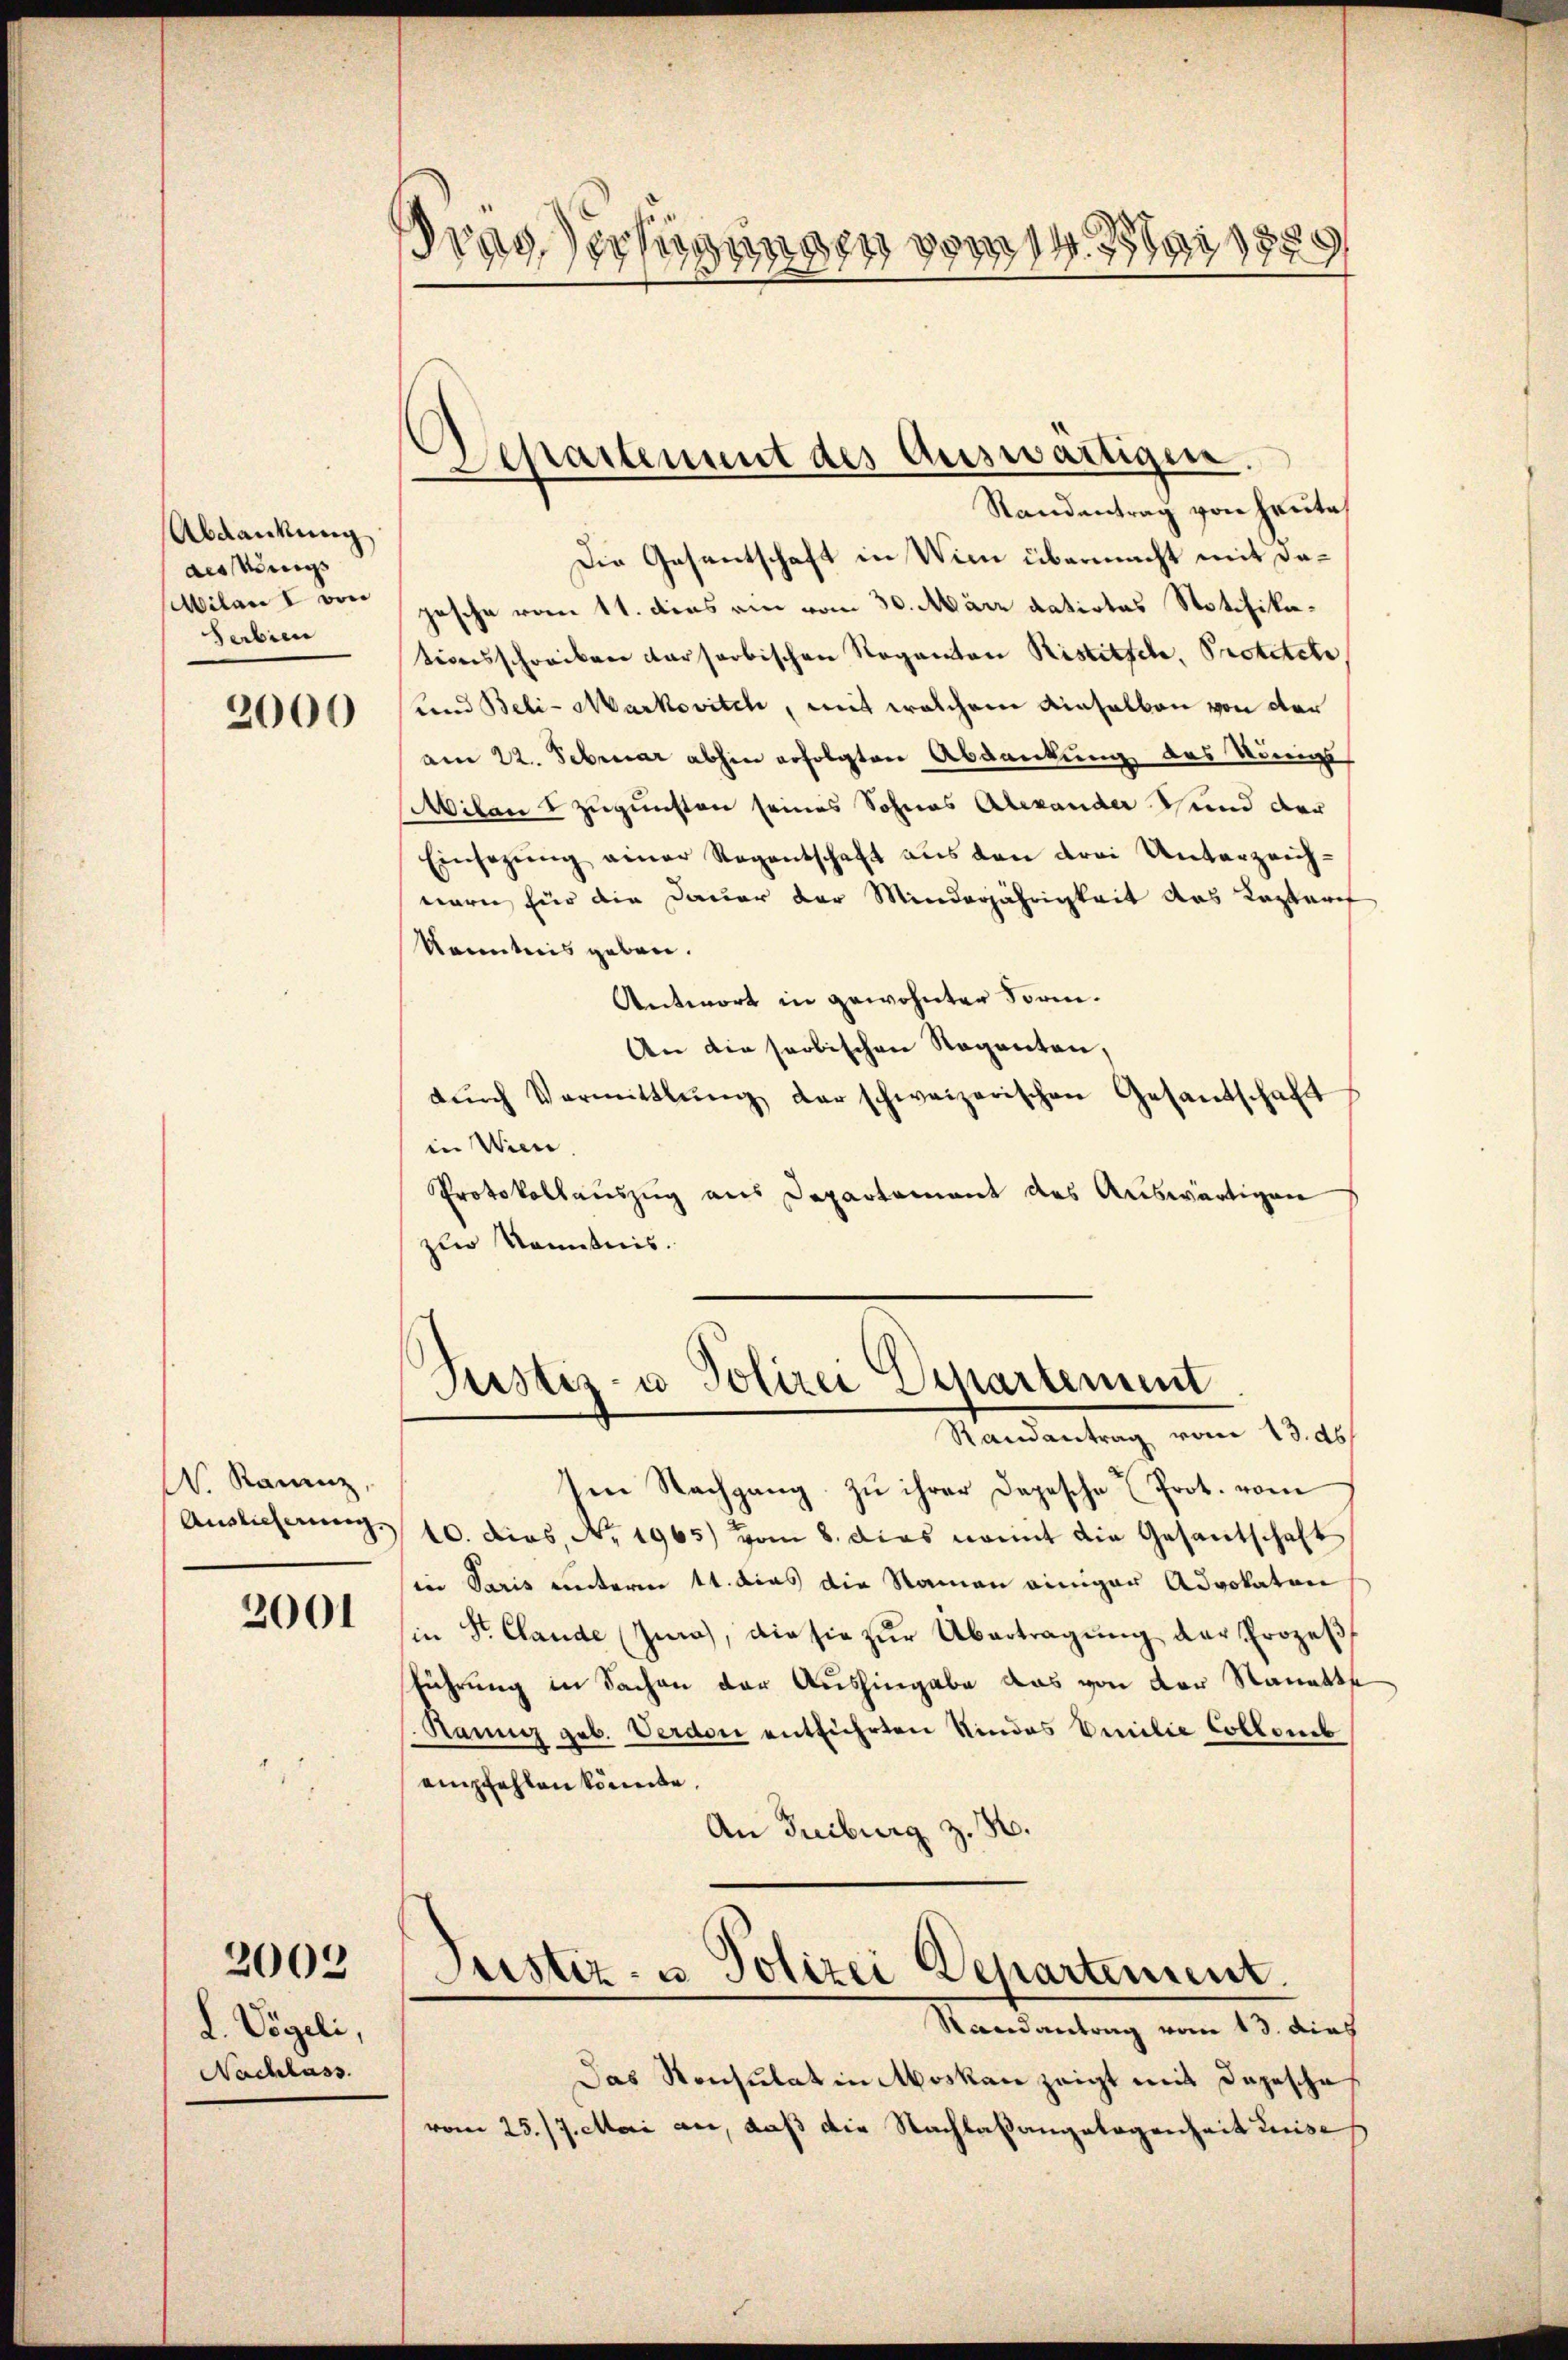
Abdankung
des Königs
Miland I von
Serbien

2000

N. Kainz,
Auslieferung.

2001

. Vögeli,
Nachlass

2002

ras Verfügungen vom 14. Mai 1889

Asepartement des Auswärtigen.
Randantrag von heute

Die Gesentschaft in Wien übermacht mit dapesche vom 11. dies ain vom 30. März datirtes Notifikationsschreiben darfarbischen Raganton Ristisch, Protetete
und Beli-Markovitch, mit welchem Einhalben von der
am 22. Februar abhin erfolgten Abdankung des Königs
Milan & zugunsten seines Sohnes Alexander und der
Einsezŭng einer Regentschaft aus den drei Unterzeich-
eieren für die Dauer der Minderjährigkeit das Kaptarif
Kenntnis geben.
Antwort in gewohnter Form.
An die saobischen Regenten,
dŭrch Vermittlung der schweizerischen Gesandschaft
in Wiene
Protokollauszug aus Departement des Auswärtigen
zur Kenntnis.
Justiz- u Polizei Departement
Randantrag vom 13. ds.
Im Nachgang zu ihrer Depesche Prot. vom
10. dies, No. 1965) vom 8. dies nomit die Gesantschaft
in Paris unterm 11. das die Namen einiger Advokaten
in Str. Claude (Zina), die sie zŭr Übertragung der Prozeß
führung in Sachen der Aushingabe das von der Stanatte
Rannig geb. Verdon entführten Kindes Emilie Collenb
empfehlen könnte.
An Fribourg z. B.
Justiz- u Polizei Departement.
Randantrag vom 13. dies
Das Konsulat in Moskau zeigt mit Depesche
vom 25./7. Mai an, daß die Nachlaßangelegenheit Lise